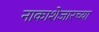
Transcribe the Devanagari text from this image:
नाकाशेजारच्या